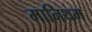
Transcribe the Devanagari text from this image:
मानिथम